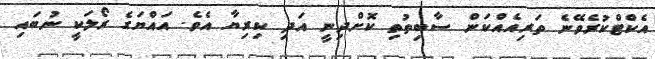
އެކްޓްކުރެވޭނެ ތަރިއެއްކަން ސާބިތުތި ކޮށްދިނީ އަދި ކިރިޔާ އެވެ. އައްޔަގެ ރޯލަކީ ނުބައި